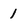
Character: 1